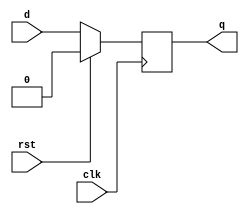
`timescale 1ns / 1ps
//////////////////////////////////////////////////////////////////////////////////
// Company: 
// Engineer: 
// 
// Design Name: 
// Module Name:    Flip_Flop_D5 
// Project Name: 
// Target Devices: 
// Tool versions: 
// Description: 
//
// Dependencies: 
//
// Revision: 
// Revision 0.01 - File Created
// Additional Comments: 
//
//////////////////////////////////////////////////////////////////////////////////
module Flip_Flop_D5(
    input clk,
    input d,
    input rst,
    output reg q
    );

	 always @(posedge clk)
	 if (rst) 
	 q <= 0;
	 else
	 q <= d;


endmodule